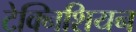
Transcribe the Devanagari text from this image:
टेक्निशियन